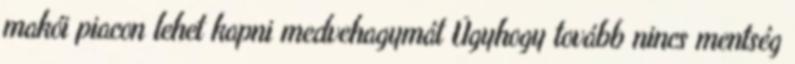
makói piacon lehet kapni medvehagymát Úgyhogy tovább nincs mentség